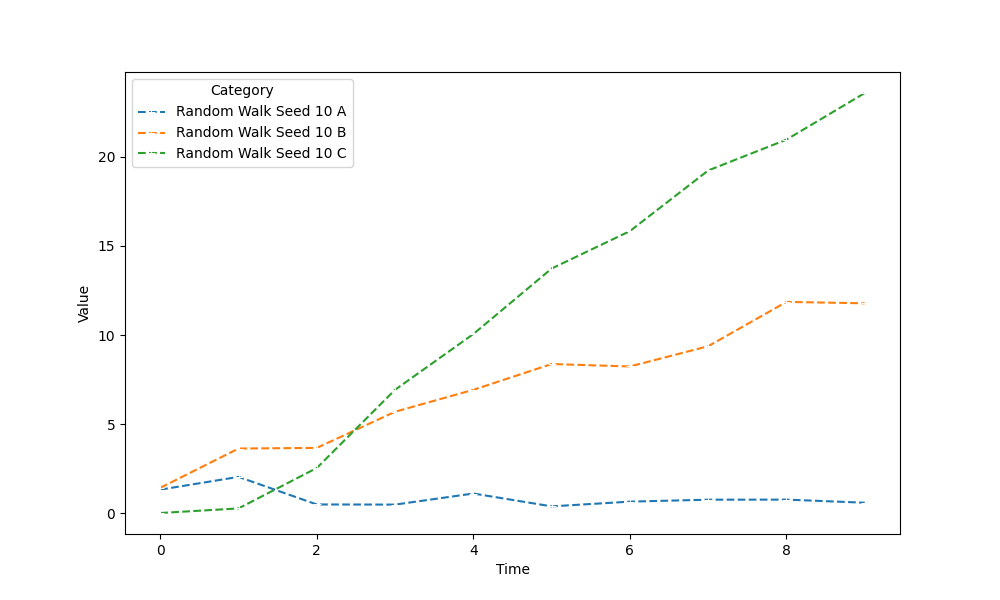
python, seaborn, lineplot, style='dashed', marker='+'